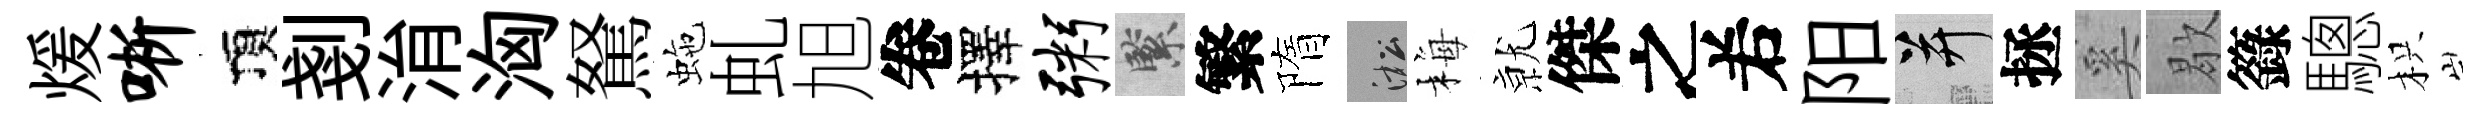
煖晰頂剗㳙洶駑虵虬旭卷擇粥緊繁隋淞梅𭕒傑之𠰥阳并拯奚歇籙驄枳